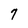
Character: 7